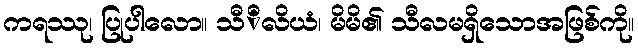
ကရဿု၊ ပြုပါလော။ သီိလိယံ၊ မိမိ၏ သီလမရှိသောအဖြစ်ကို။